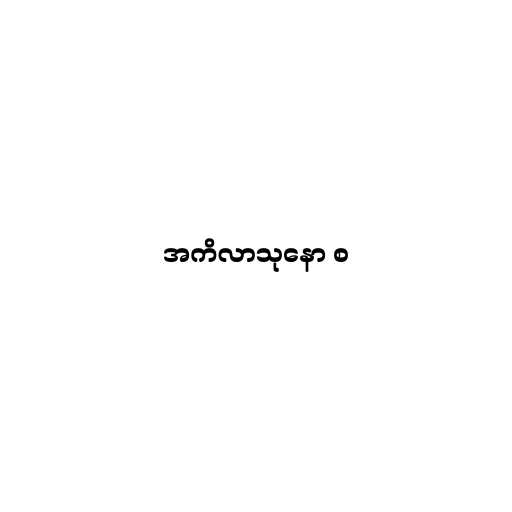
အကိလာသုနော စ